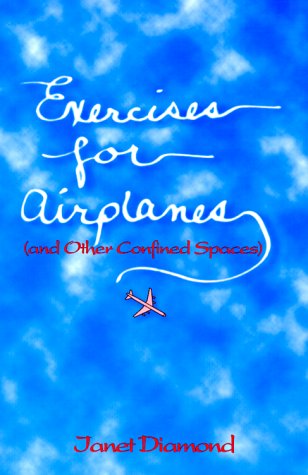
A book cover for Exercises for Airplanes: And Other Confined Spaces; Janet Diamond; Travel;